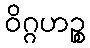
ဝိဂ္ဂဟဉ္စ